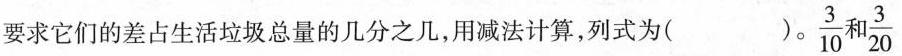
要求它们的差占生活垃圾总量的几分之几，用减法计算，列式为（）\frac{3}{10} 和 \frac{3} {20}